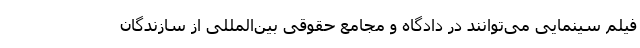
فیلم سینمایی می‌توانند در دادگاه‌ و مجامع حقوقی بین‌المللی از سازندگان